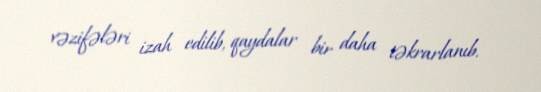
vəzifələri izah edilib, qaydalar bir daha təkrarlanıb.